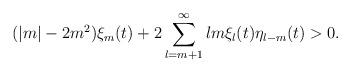
LaTeX: \begin{align*}(|m|-2m^2)\xi_m(t)+2\sum_{l=m+1}^{\infty}lm\xi_l(t)\eta_{l-m}(t)>0.\end{align*}